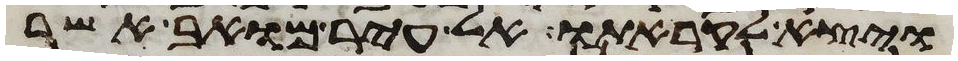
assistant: ויצא לקראתו אל עיר מואב אשר